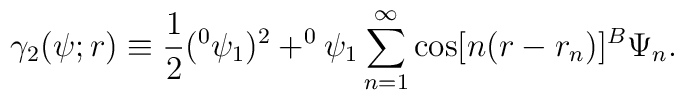
\gamma _2(\psi ;r)\equiv \frac 12(^0\psi _1)^2+^0\psi _1\sum_{n=1}^\infty\cos [n(r-r_n)]^B\Psi _n.